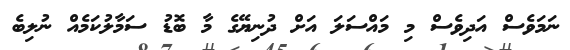
ނަމަވެސް އަދިވެސް މި މައްސަލަ އަށް ދުނިޔޭގެ މާ ބޮޑު ސަމާލުކަމެއް ނުލިބެ